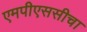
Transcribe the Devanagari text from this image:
एमपीएससीचा